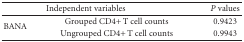
<table><thead><tr><td colspan="2"><b>Independent variables</b></td><td><b><i>P</i> values</b></td></tr></thead><tbody><tr><td rowspan="2">BANA</td><td>Grouped CD4+ T cell counts</td><td>0.9423</td></tr><tr><td>Ungrouped CD4+ T cell counts</td><td>0.9943</td></tr></tbody></table>